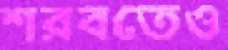
শরবতেও